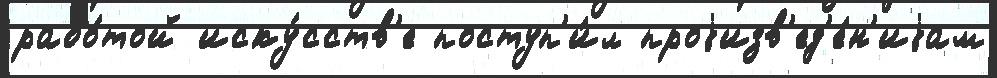
рабо́той иску́сств'е поступ'и́л проjизв'ед'е́н'иjам